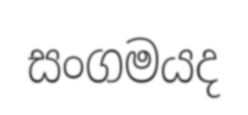
සංගමයද